Vaccination North-Western Provinces and Oudh 1878-1895 - 1878-1895
Year: 1878
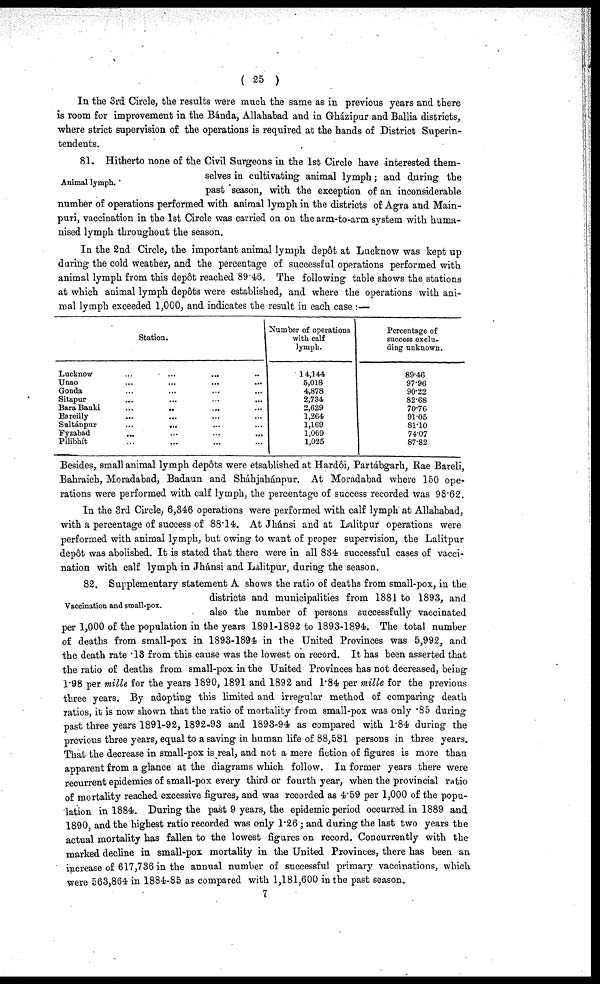
( 25 )
In the 3rd Circle, the results were much the same as in previous years and there
is room for improvement in the Bánda, Allahabad and in Gházipur and Ballia districts,
where strict supervision of the operations is required at the hands of District Superin-
tendents.
Animal lymph.
81. Hitherto none of the Civil Surgeons in the 1st Circle have interested them-
selves in cultivating animal lymph; and during the
past season, with the exception of an inconsiderable
number of operations performed with animal lymph in the districts of Agra and Main-
puri, vaccination in the 1st Circle was carried on on the arm-to-arm system with huma-
nised lymph throughout the season.
In the 2nd Circle, the important animal lymph depôt at Lucknow was kept up
during the cold weather, and the percentage of successful operations performed with
animal lymph from this depôt reached 89.46. The following table shows the stations
at which animal lymph depôts were established, and where the operations with ani-
mal lymph exceeded 1,000, and indicates the result in each case :—
Station.
Lucknow ... ... ... ...
Unao
... ... ... ...
Gonda
... ... ... ...
Sitapur
...
...
...
...
Sara Banki
...
...
...
...
Bareilly
... ... ... ...
Sultánpur
... ... ... ...
Fyzabad
...
...
...
...
Pilibhít
... ... ... ...
Number of operations
with calf
lymph.
14,144
5,018
4,878
2,734
2,629
1,264
1,169
1,069
1,025
Percentage of
success exclu-
ding unknown.
89.46
97.96
90.22
82.68
70.76
91.05
81.10
74.07
87.82
Besides, small animal lymph depôts were etsablished at Hardôi, Partábgarh, Rae Bareli,
Bahraich, Moradabad, Badaun and Sháhjahánpur. At Moradabad where 150 ope-
rations were performed with calf lymph, the percentage of success recorded was 98.62.
In the 3rd Circle, 6,346 operations were performed with calf lymph at Allahabad,
with a percentage of success of 88.14. At Jhánsi and at Lalitpur operations were
performed with animal lymph, but owing to want of proper supervision, the Lalitpur
depôt was abolished. It is stated that there were in all 834 successful cases of vacci-
nation with calf lymph in Jhánsi and Lalitpur, during the season.
Vaccination and small-pox.
82. Supplementary statement A shows the ratio of deaths from small-pox, in the
districts and municipalities from 1881 to 1893, and
also the number of persons successfully vaccinated
per 1,000 of the population in the years 1891-1892 to 1893-1894. The total number
of deaths from small-pox in 1893-1894 in the United Provinces was 5,992, and
the death rate .13 from this cause was the lowest on record. It has been asserted that
the ratio of deaths from small-pox in the United Provinces has not decreased, being
1.98 per mille for the years 1890, 1891 and 1892 and 1.84 per mille for the previous
three years. By adopting this limited and irregular method of comparing death
ratios, it is now shown that the ratio of mortality from small-pox was only .85 during
past three years 1891-92, 1892-93 and 1893-94 as compared with 1.84 during the
previous three years, equal to a saving in human life of 88,581 persons in three years.
That the decrease in small-pox is real, and not a mere fiction of figures is more than
apparent from a glance at the diagrams which follow. In former years there were
recurrent epidemics of small-pox every third or fourth year, when the provincial ratio
of mortality reached excessive figures, and was recorded as 4.59 per 1,000 of the popu-
lation in 1884. During the past 9 years, the epidemic period occurred in 1889 and
1890, and the highest ratio recorded was only 1.26 ; and during the last two years the
actual mortality has fallen to the lowest figures on record. Concurrently with the
marked decline in small-pox mortality in the United Provinces, there has been an
increase of 617,736 in the annual number of successful primary vaccinations, which
were 563,864 in 1884-85 as compared with 1,181,600 in the past season.
7